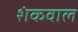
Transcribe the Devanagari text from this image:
शंकवाल